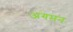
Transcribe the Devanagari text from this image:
अगमन